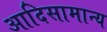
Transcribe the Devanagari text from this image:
आदिसामान्य